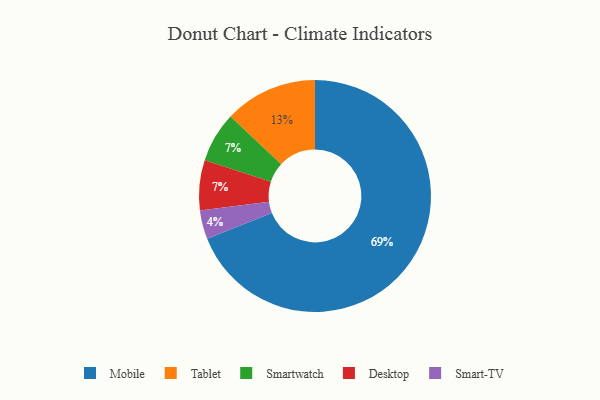
{"axis": {"x": "Category", "y": "Percentage"}, "legend": ["Desktop", "Mobile", "Smart-TV", "Smartwatch", "Tablet"], "data": [{"x": "Smart-TV", "y": 4, "type": "Smart-TV"}, {"x": "Smartwatch", "y": 7, "type": "Smartwatch"}, {"x": "Mobile", "y": 69, "type": "Mobile"}, {"x": "Tablet", "y": 13, "type": "Tablet"}, {"x": "Desktop", "y": 7, "type": "Desktop"}]}